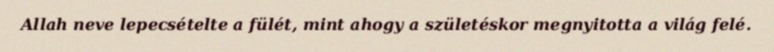
Allah neve lepecsételte a fülét, mint ahogy a születéskor megnyitotta a világ felé.